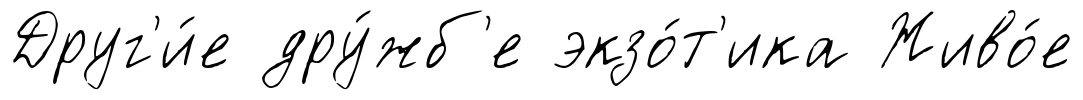
Друг'и́е дру́жб'е экзо́т'ика Живо́е